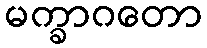
မက္ခာဂတော